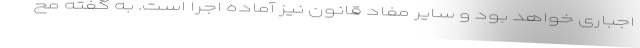
اجباری خواهد بود و سایر مفاد قانون نیز آماده اجرا است. به گفته مح